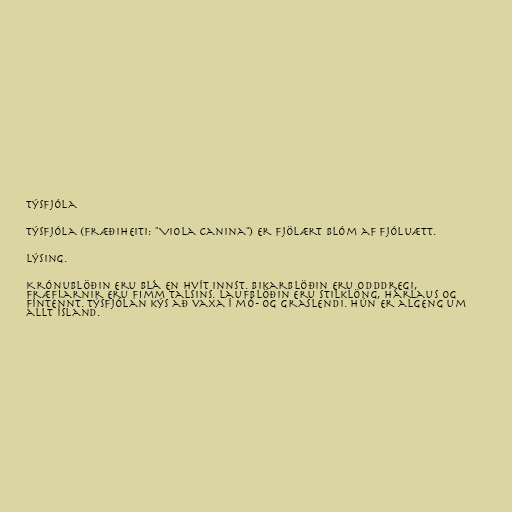
Týsfjóla

Týsfjóla (fræðiheiti: "Viola canina") er fjölært blóm af fjóluætt.

Lýsing.

Krónublöðin eru blá en hvít innst. Bikarblöðin eru odddregi,
fræflarnir eru fimm talsins. Laufblöðin eru stilklöng, hárlaus og
fíntennt. Týsfjólan kýs að vaxa í mó- og graslendi. Hún er algeng um
allt Ísland.